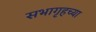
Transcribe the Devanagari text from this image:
सभागृहच्या